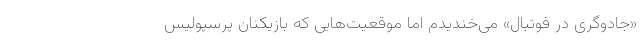
«جادوگری در فوتبال» می‌خندیدم اما موقعیت‌هایی که بازیکنان پرسپولیس